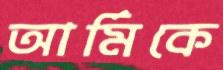
আর্মিকে